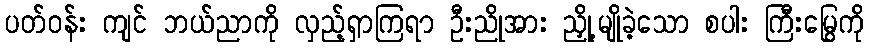
ပတ်ဝန်း ကျင် ဘယ်ညာကို လှည့်ရှာကြရာ ဦးညိုအား ညှို့မျိုခဲ့သော စပါး ကြီးမြွေကို